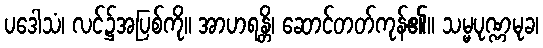
ပဒေါသံ၊ လင်၌အပြစ်ကို။ အာဟရန္တိ၊ ဆောင်တတ်ကုန်၏။ သမ္မပုဏ္ဏမုခ၊